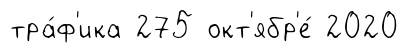
тра́ф'ика 275 окт'ябр'е́ 2020